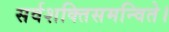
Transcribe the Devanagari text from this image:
सर्वशक्तिसमन्विते।